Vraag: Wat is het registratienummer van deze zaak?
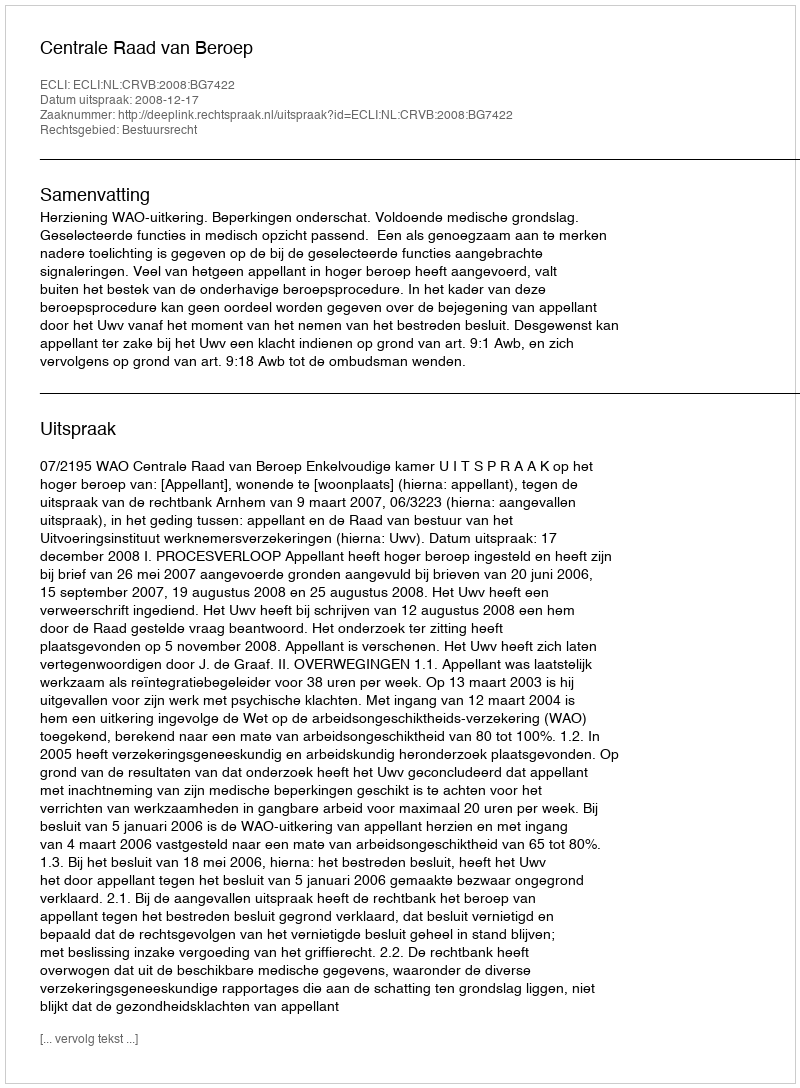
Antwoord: http://deeplink.rechtspraak.nl/uitspraak?id=ECLI:NL:CRVB:2008:BG7422